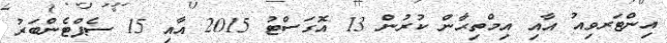
އިންޓަރވިއު އާއި އިމްތިޙާން ކުރުން 13 އޮގަސްޓު 2015 އާއި 15 ސެޕްޓެންބަރު